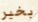
بخير